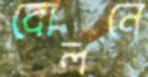
বোলনে